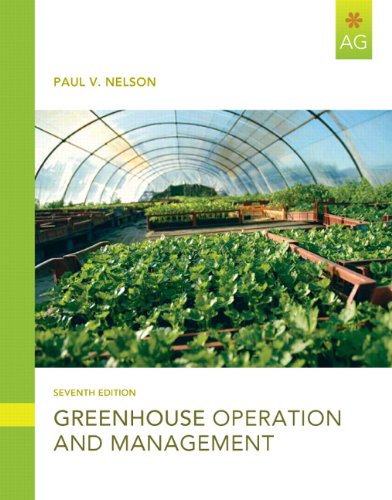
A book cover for Greenhouse Operation and Management (7th Edition); Paul V. Nelson; Crafts, Hobbies & Home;